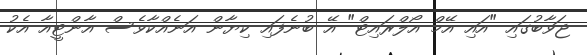
ޖަވާބުގައި "އައި އޭމް އޯލްރައިޓް" އޭ ބުނެފައި ކިޔާން އަނެއްކާވެސް އާންޓީއާ އެކު